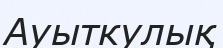
Ауыткулық